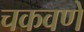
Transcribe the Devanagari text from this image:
चकवणे